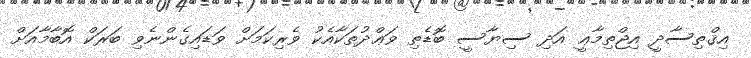
އިޤްތިސާދީ އިޖްތިމާޢީ އަދި ސިޔާސީ ބޮޑެތި ވަޢްދުތަކާއެކު ވެރިކަމަށް ވަޑައިގެންނެވި ބަރަކް އޮބާމާއަށް